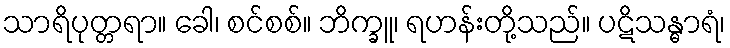
သာရိပုတ္တရာ။ ခေါ၊ စင်စစ်။ ဘိက္ခူ၊ ရဟန်းတို့သည်။ ပဋိသန္ဓာရံ၊